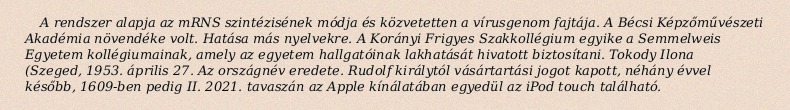
A rendszer alapja az mRNS szintézisének módja és közvetetten a vírusgenom fajtája. A Bécsi Képzőművészeti Akadémia növendéke volt. Hatása más nyelvekre. A Korányi Frigyes Szakkollégium egyike a Semmelweis Egyetem kollégiumainak, amely az egyetem hallgatóinak lakhatását hivatott biztosítani. Tokody Ilona (Szeged, 1953. április 27. Az országnév eredete. Rudolf királytól vásártartási jogot kapott, néhány évvel később, 1609-ben pedig II. 2021. tavaszán az Apple kínálatában egyedül az iPod touch található.